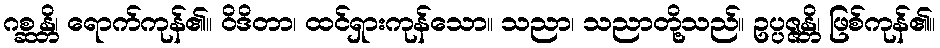
ဂစ္ဆန္တိ၊ ရောက်ကုန်၏။ ဝိဒိတာ၊ ထင်ရှားကုန်သော။ သညာ၊ သညာတို့သည်။ ဥပ္ပဇ္ဇန္တိ၊ ဖြစ်ကုန်၏။